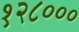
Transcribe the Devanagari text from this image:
१२८०००